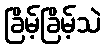
ခြိမ့်ခြိမ့်သဲ